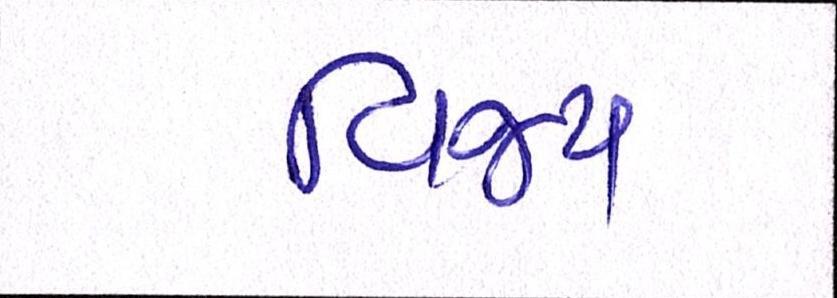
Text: વિજય